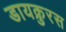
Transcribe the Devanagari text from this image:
डायक्रुरस